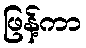
ဖြန့်ကာ